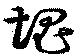
塊